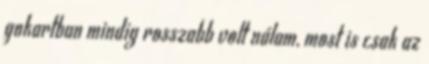
gokartban mindig rosszabb volt nálam, most is csak az